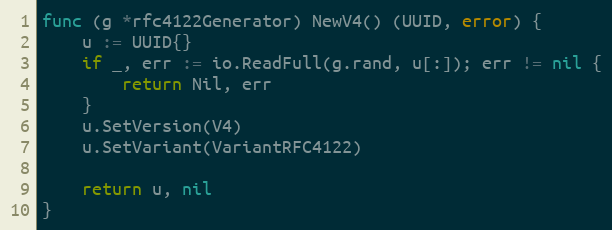
Language: Go
func (g *rfc4122Generator) NewV4() (UUID, error) {
	u := UUID{}
	if _, err := io.ReadFull(g.rand, u[:]); err != nil {
		return Nil, err
	}
	u.SetVersion(V4)
	u.SetVariant(VariantRFC4122)

	return u, nil
}